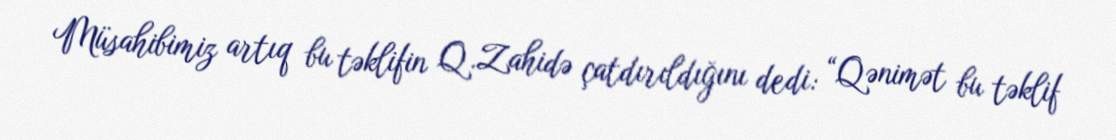
Müsahibimiz artıq bu təklifin Q.Zahidə çatdırıldığını dedi: “Qənimət bu təklif